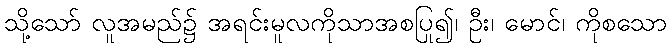
သို့သော် လူအမည်၌ အရင်းမူလကိုသာအစပြု၍၊ ဦး၊ မောင်၊ ကိုစသော